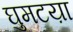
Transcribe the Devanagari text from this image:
घुमटय़ा